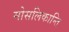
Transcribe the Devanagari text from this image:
मोसलिकान्ति